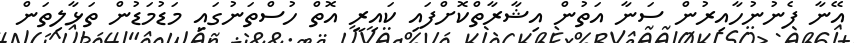
އޭނާ ފެނުނުހާއިރުން ސަނާ އަތުން އިޝާރާތްކޮށްފައި ކައިރީ އޮތް ހުސްތަނުގައި މަޑުމަޑުން ތަޅާލިތަން